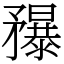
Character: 䂍